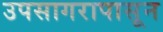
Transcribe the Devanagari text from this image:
उपसागरापासून